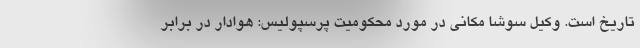
تاریخ است. وکیل سوشا مکانی در مورد محکومیت پرسپولیس: هوادار در برابر